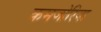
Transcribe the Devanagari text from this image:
कमजोरिया